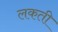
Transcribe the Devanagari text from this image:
लकती